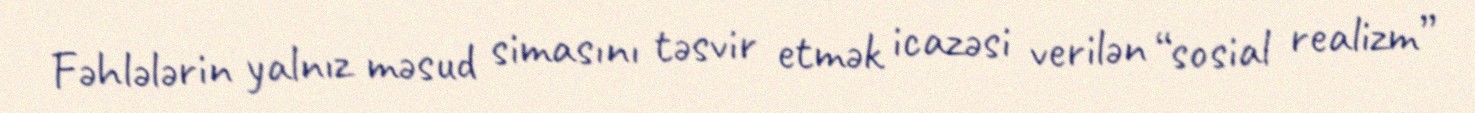
Fəhlələrin yalnız məsud simasını təsvir etmək icazəsi verilən “sosial realizm”